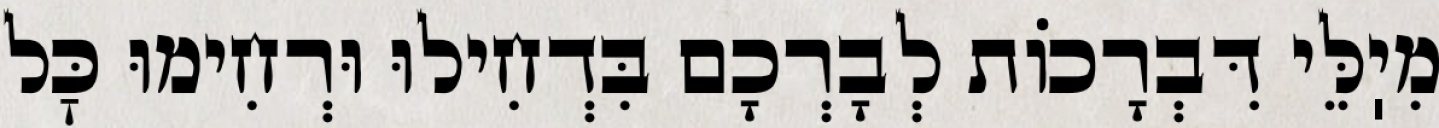
מִיֽלֵּי דִּבְרָכוֹת לְבָרְכָם בִּדְחִילוּ וּרְחִימוּ כׇּל